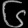
Digit: ၆